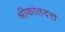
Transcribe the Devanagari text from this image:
श्रीकांतदत्त